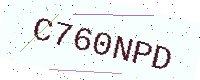
Text: C760NPD